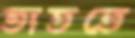
তাততে